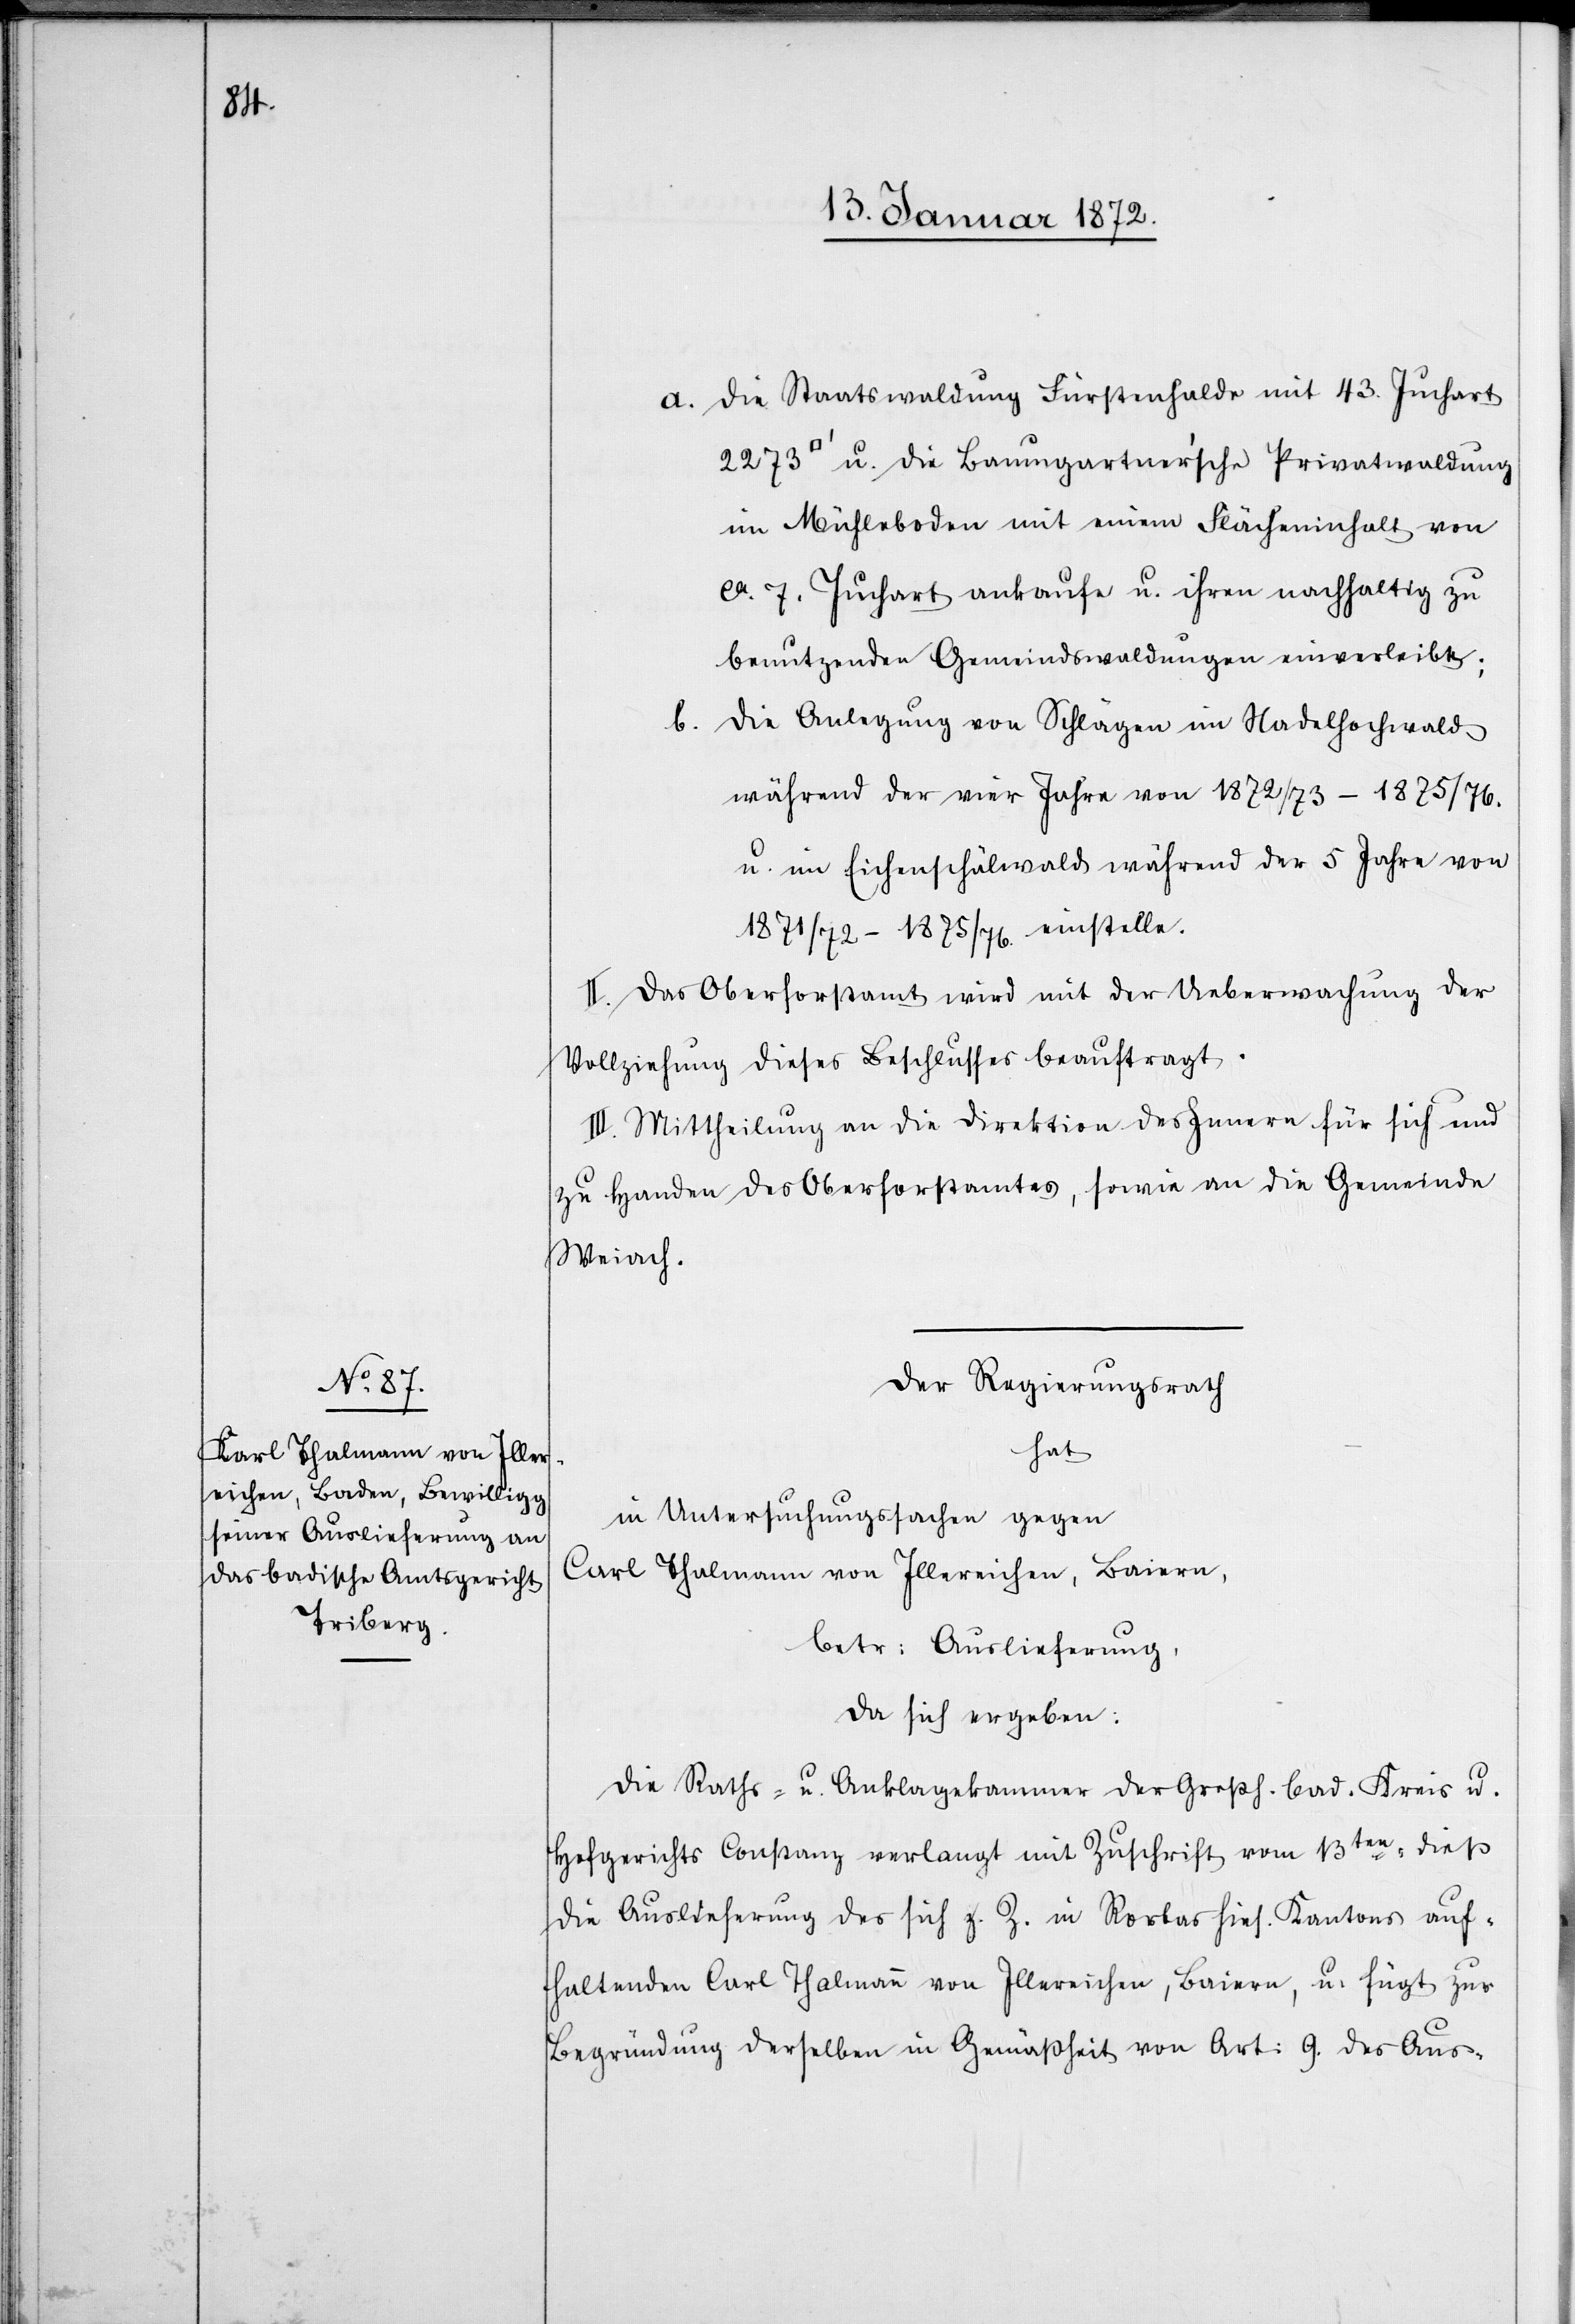
vom

18.

a. die Staatswaldung Fürstenhalde mit 43. Juchart
u. die Baumgartner'sche Privatwaldung
im Mühleboden mit einem Flächeninhalt von
ca. 7. Juchart ankaufe u. ihren nachhaltig zu
benutzenden Gemeindswaldungen einverleibt;
b. die Anlegung von Schlägen im Nadelhochwald
während der vier Jahre von 1872/73–1875/76.
u. im Eichenschälwald während der 5 Jahre von
1871/72–1875/76. einstelle.
II. Das Oberforstamt wird mit der Ueberwachung der
Vollziehung dieses Beschlusses beauftragt.
III. Mittheilung an die Direktion des Innern für sich und
zu Handen des Oberforstamtes, sowie an die Gemeinde
Weiach.
Der Regierungsrath
hat
in Untersuchungssachen gegen
Carl Thalmann von Illereichen, Baiern,
betr: Auslieferung,
da sich ergeben:
Die Raths- u. Anklagekammer der Großh. bad. Kreis u.
Hofgerichts Constanz verlangt mit Zuschrift vom 13ten dieß
die Auslieferung des sich z. Z. in Rorbas hies. Kantons auf¬
haltenden Carl Thalmann von Illereichen, Baiern, u. fügt zur
Begründung derselben in Gemäßheit von Art: 9. des Aus-